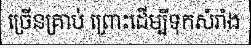
ច្រើនគ្រាប់ ព្រោះដើម្បីទុកសំរាំង